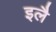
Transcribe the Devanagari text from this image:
इलै